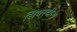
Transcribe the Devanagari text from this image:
सिक्स्टीन्थ